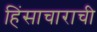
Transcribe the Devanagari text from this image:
हिंसाचाराची